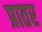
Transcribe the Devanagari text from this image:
प्रातर